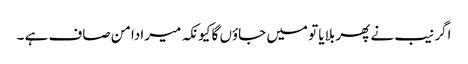
اگر نیب نے پھر بلایا تو میں جاؤں گا کیونکہ میرا دامن صاف ہے ۔